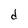
Character: d